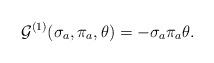
LaTeX: \begin{align*}{\cal G}^{(1)}(\sigma_a,\pi_a,\theta) = - \sigma_a\pi_a\theta.\end{align*}